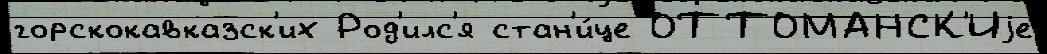
горскокавказск'их Род'илс'я стан'и́це ОТТОМАНСК'Иjе